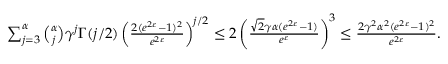
\begin{array} { r } { \sum _ { j = 3 } ^ { \alpha } \binom { \alpha } { j } \gamma ^ { j } \Gamma ( j / 2 ) \left( \frac { 2 ( e ^ { 2 \varepsilon } - 1 ) ^ { 2 } } { e ^ { 2 \varepsilon } } \right) ^ { j / 2 } \leq 2 \left( \frac { \sqrt { 2 } \gamma \alpha ( e ^ { 2 \varepsilon } - 1 ) } { e ^ { \varepsilon } } \right) ^ { 3 } \leq \frac { 2 \gamma ^ { 2 } \alpha ^ { 2 } ( e ^ { 2 \varepsilon } - 1 ) ^ { 2 } } { e ^ { 2 \varepsilon } } . } \end{array}